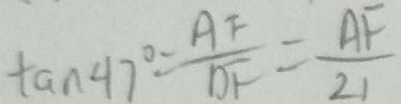
\tan 4 7 ^ { \circ } = \frac { A F } { D F } = \frac { A F } { 2 1 }